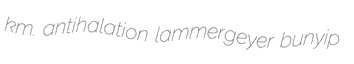
km. antihalation lammergeyer bunyip